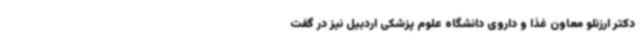
دکتر ارزنلو معاون غذا و داروی دانشگاه علوم پزشکی اردبیل نیز در گفت